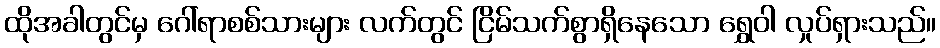
ထိုအခါတွင်မှ ဂေါ်ရာစစ်သားများ လက်တွင် ငြိမ်သက်စွာရှိနေသော ရွှေဝါ လှုပ်ရှားသည်။